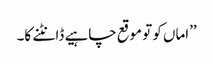
’’اماں کو تو موقع چاہیے ڈانٹنے کا۔